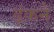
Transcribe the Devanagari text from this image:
ढ़ंकने